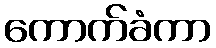
ကောက်ခံကာ